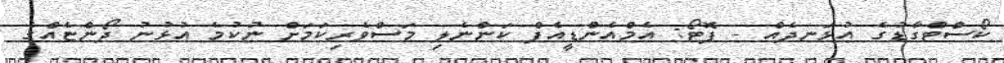
ކޯސްޓްގާޑުގެ އުޅަނދެއް - ފޮޓޯ: އެމްއެންޑީއެފް ކަންނެލި މަސްވެރިކަމަށް ނުކުމެ އުޅުނު ދޯންޏެއްގެ